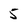
Character: 5